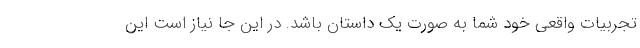
تجربیات واقعی خود شما به صورت یک داستان باشد. در این جا نیاز است این